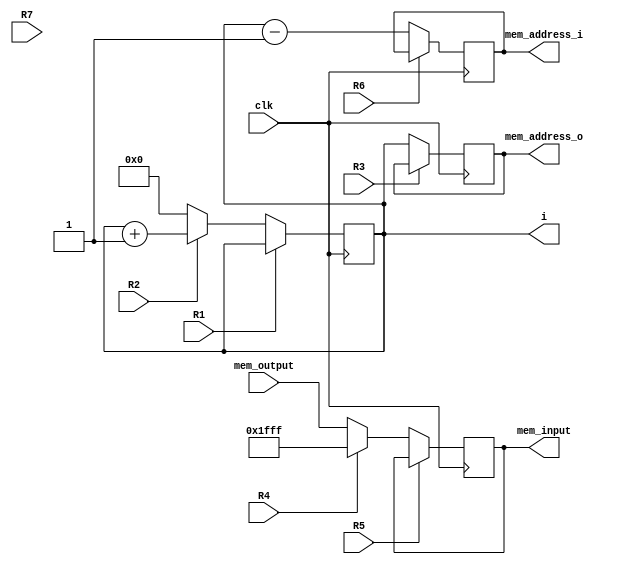
`timescale 1ns / 1ps
//////////////////////////////////////////////////////////////////////////////////
// Company: 
// Engineer: 
// 
// Design Name: 
// Module Name: liftN_DP
// Project Name: 
// Target Devices: 
// Tool Versions: 
// Description: 
// 
// Dependencies: 
// 
// Revision:
// Revision 0.01 - File Created
// Additional Comments:
// 
//////////////////////////////////////////////////////////////////////////////////


module liftN_DP(
    input clk,
    input [12:0]mem_output,
    output reg [10:0]mem_address_o,
    output reg [10:0]mem_address_i,
    output reg [12:0]mem_input,
    output reg [10:0]i,
    input R1, R2,R3, R4, R5, R6, R7
    );
    
    wire [12:0] nextmem_input;
    wire [10:0] nextmem_address_o;
    wire [10:0] nextmem_address_i;
    wire [10:0] nexti;
    
    always @(posedge clk)
        mem_input <= nextmem_input;
    // Parte combinacional de RQ
    assign nextmem_input = R5 ? mem_input:R4 ?  -13'd1: mem_output ;
         
   //Registro M1    
    always @(posedge clk)
        mem_address_i <= nextmem_address_i;
    // Parte combinacional de RQ
    assign nextmem_address_i = R6 ?  mem_address_i: i-1 ;      
         
    //Registro M1    
    always @(posedge clk)
        mem_address_o <= nextmem_address_o;
    // Parte combinacional de RQ
    assign nextmem_address_o = R3 ?  mem_address_o: i ;
    
    always @(posedge clk)
        i <= nexti;
    // Parte combinacional de RQ
    assign nexti = R1 ?  i: R2 ? i+1:0 ;
endmodule